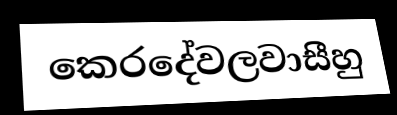
කෙරදේවලවාසීහු